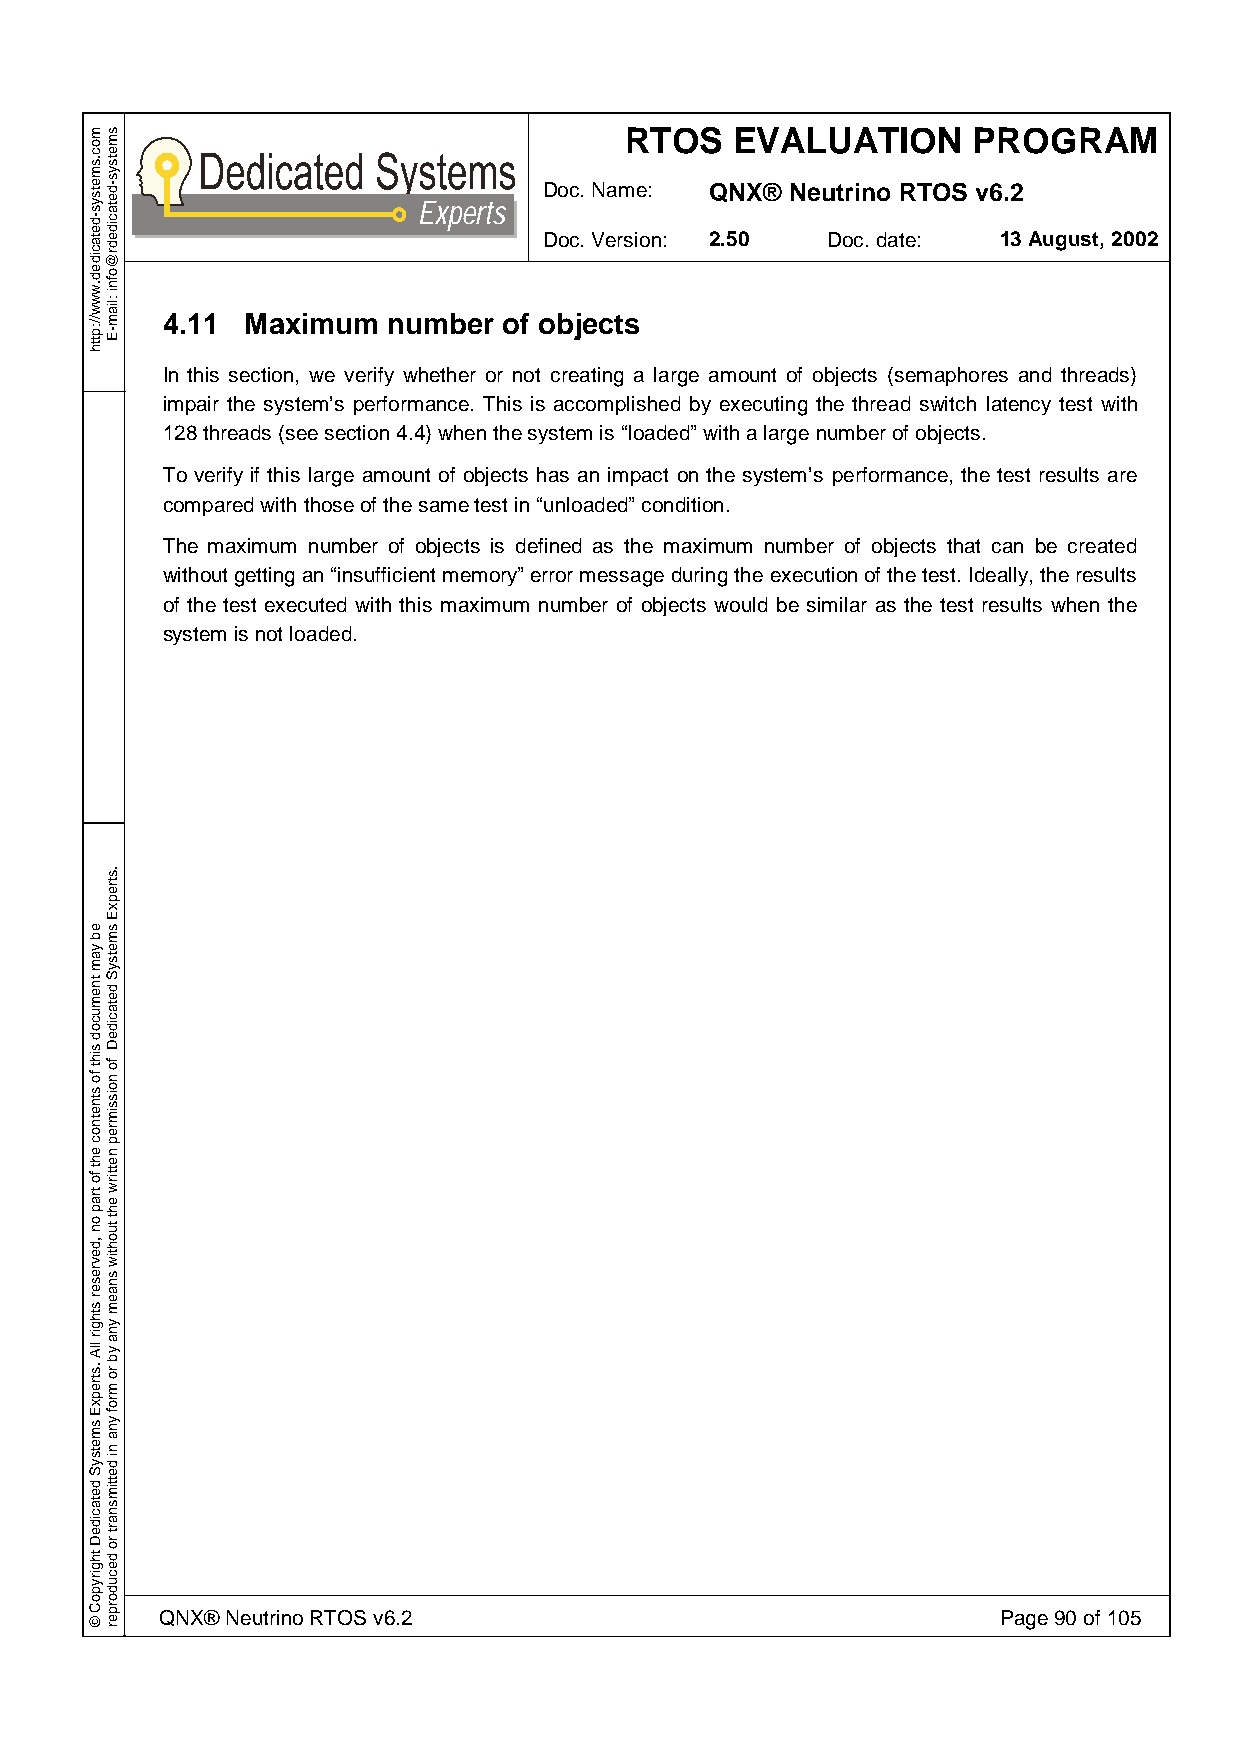
RTOS    EVALUATION     PROGRAM
 Doc. Name: QNX® Neutrino RTOS v6.2
 Experts
 Doc. Version: 2.50 Doc. date: 13 August, 2002
 4.11 Maximum   number of objects
 In this section, we verify whether or not creating a large amount of objects (semaphores and threads)
 impair the system’s performance. This is accomplished by executing the thread switch latency test with
 128 threads (see section 4.4) when the system is “loaded” with a large number of objects.
 To verify if this large amount of objects has an impact on the system’s performance, the test results are
 compared with those of the same test in “unloaded” condition.
 The maximum number of objects is defined as the maximum number of objects that can be created
 without getting an “insufficient memory” error message during the execution of the test. Ideally, the results
 of the test executed with this maximum number of objects would be similar as the test results when the
 system is not loaded.
 QNX® Neutrino RTOS v6.2                                Page 90 of 105
 moc.smetsys-detacided.www//:ptth
 eb
 yam
 tnemucod
 siht
 fo
 stnetnoc
 eht
 fo
 trap
 on
 ,devreser
 sthgir
 llA
 .strepxE
 smetsyS
 detacideD
 thgirypoC
 ©
 smetsys-detacidedr@ofni
 :liam-E
 .strepxE
 smetsyS
 detacideD
 fo
 noissimrep
 nettirw
 eht
 tuohtiw
 snaem
 yna
 yb
 ro
 mrof
 yna
 ni
 dettimsnart
 ro
 decudorper